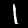
Label: 1